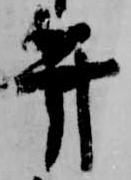
弁